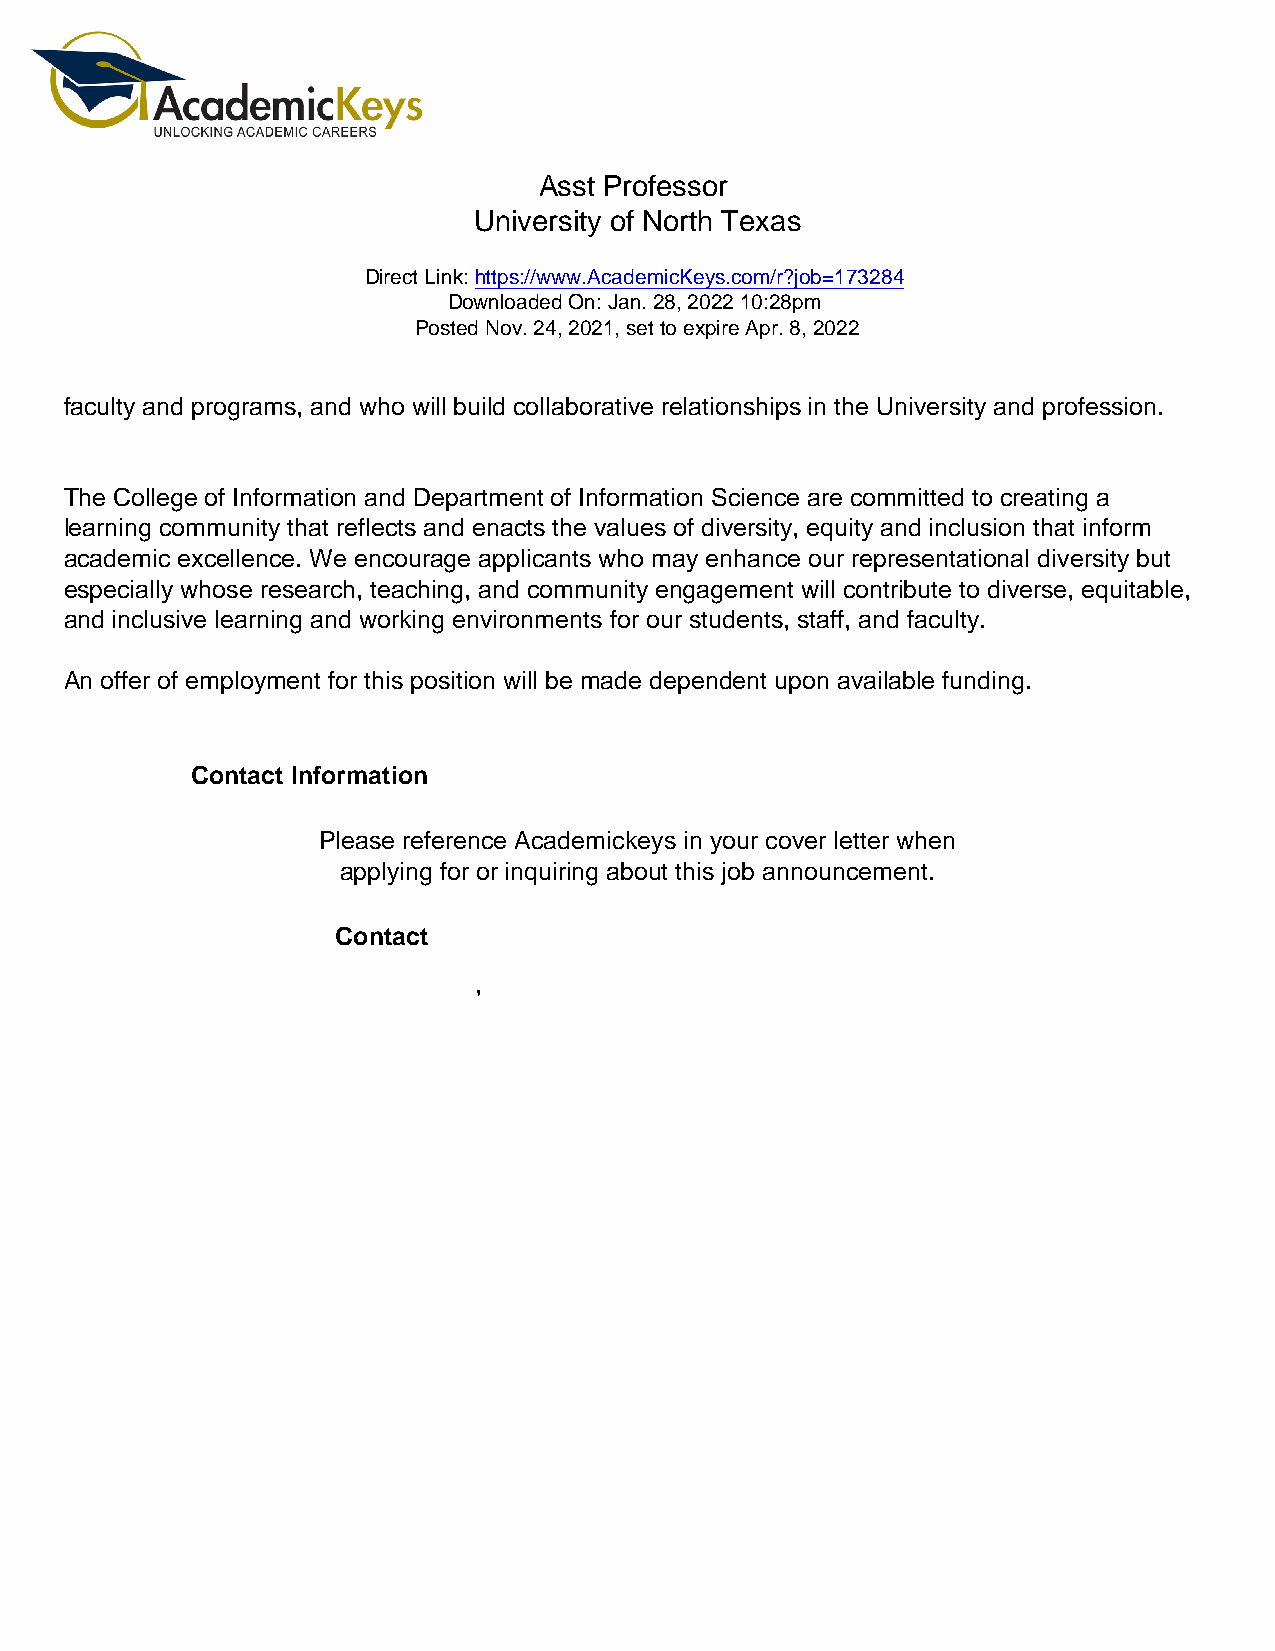
Asst Professor
 University of North Texas
 Direct Link: https://www.AcademicKeys.com/r?job=173284
 Downloaded On: Jan. 28, 2022 10:28pm
 Posted Nov. 24, 2021, set to expire Apr. 8, 2022
 faculty and programs, and who will build collaborative relationships in the University and profession.
 The College of Information and Department of Information Science are committed to creating a
 learning community that reflects and enacts the values of diversity, equity and inclusion that inform
 academic excellence. We encourage applicants who may enhance our representational diversity but
 especially whose research, teaching, and community engagement will contribute to diverse, equitable,
 and inclusive learning and working environments for our students, staff, and faculty.
 An offer of employment for this position will be made dependent upon available funding.
 Contact Information
 Please reference Academickeys in your cover letter when
 applying for or inquiring about this job announcement.
 Contact
 ,